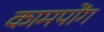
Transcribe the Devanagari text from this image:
कामपोंग